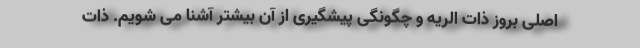
اصلی بروز ذات الریه و چگونگی پیشگیری از آن بیشتر آشنا می شویم. ذات